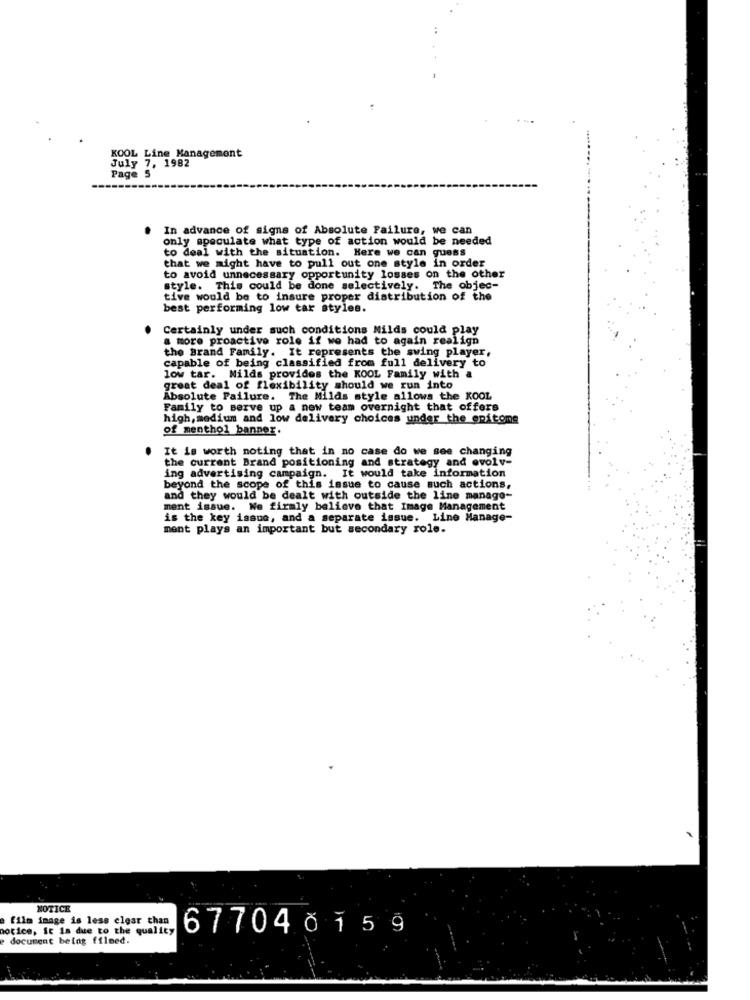
KOOL Line Management
July 7, 1982
Page 5
In advance of signs of Absolute Failure, we can
only speculate what type of action would be needed
to deal with the situation. Here we can guess
that we might have to pull out one style in order
to avoid unnecessary opportunity losses on the other
style. This could be done selectively. The objec-
tive would be to insure proper distribution of the
best performing low tar styles.
Certainly under such conditions Milds could play
a more proactive role if we had to again realign
the Brand Family. It represents the swing player,
capable of being classified from full delivery to
low tar. Milds provides the KOOL Family with a
great deal of flexibility should we run into
Absolute Failure. The Milds style allows the KOOL
Family to serve up a new team overnight that offers
high, medium and low delivery choices under the epitome
of menthol banner.
It is worth noting that in no case do we see changing
the current Brand positioning and strategy and evolv-
ing advertising campaign. It would take information
beyond the scope of this issue to cause such actions,
and they would be dealt with outside the line manage-
ment issue. Ne firmly believe that Image Management
is the key issue, and a separate issue. Line Manage-
ment plays an important but secondary role.
NOTICE
e film image is less clear than
notice, it is due to the quality
document being filmed.
67704 č 1 5 9